Scottish Leaving Certificate Examination, 1960
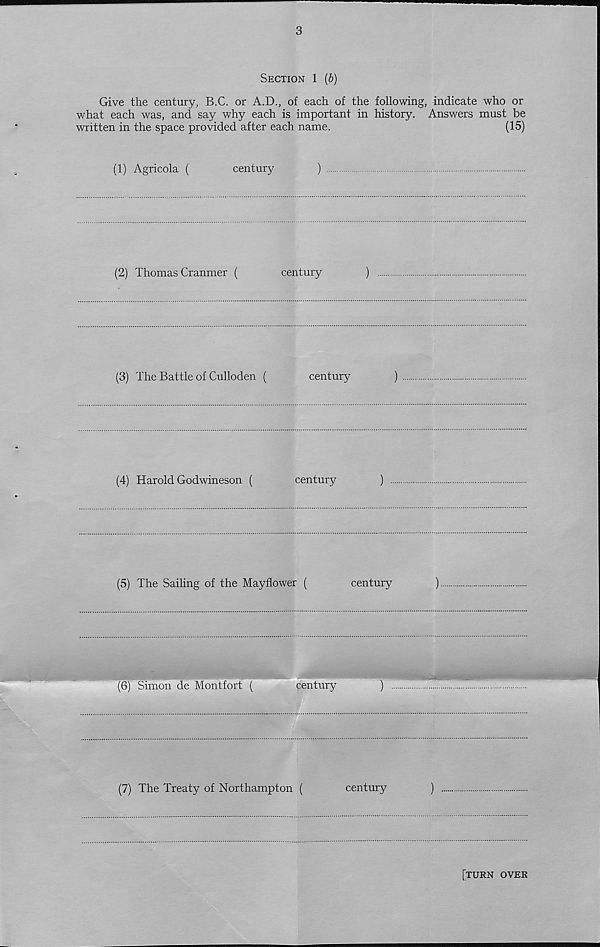
3
Section 1 (6)
Give the century, B.C. or A.D., of each of the following, indicate who or
what each was, and say why each is important in history. Answers must be
written in the space provided after each name.
(15)
(1) Agricola (
century
)
(2) Thomas Cranmer (
century
)
(3) The Battle of Culloden (
century
)
(4) Harold Godwineson (
century
)
(5) The Sailing of the Mayflower (
century
)
(6) Simon de Montfort (
century
)
(7) The Treaty of Northampton (
century
)
[turn over